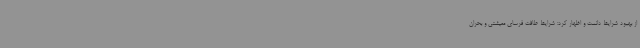
از بهبود شرایط دانست و اظهار کرد: شرایط طاقت فرسای معیشتی و بحران